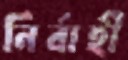
নির্বাহী